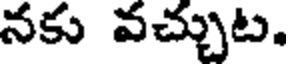
నకు వచ్చుట.